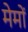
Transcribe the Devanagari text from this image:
मेमों